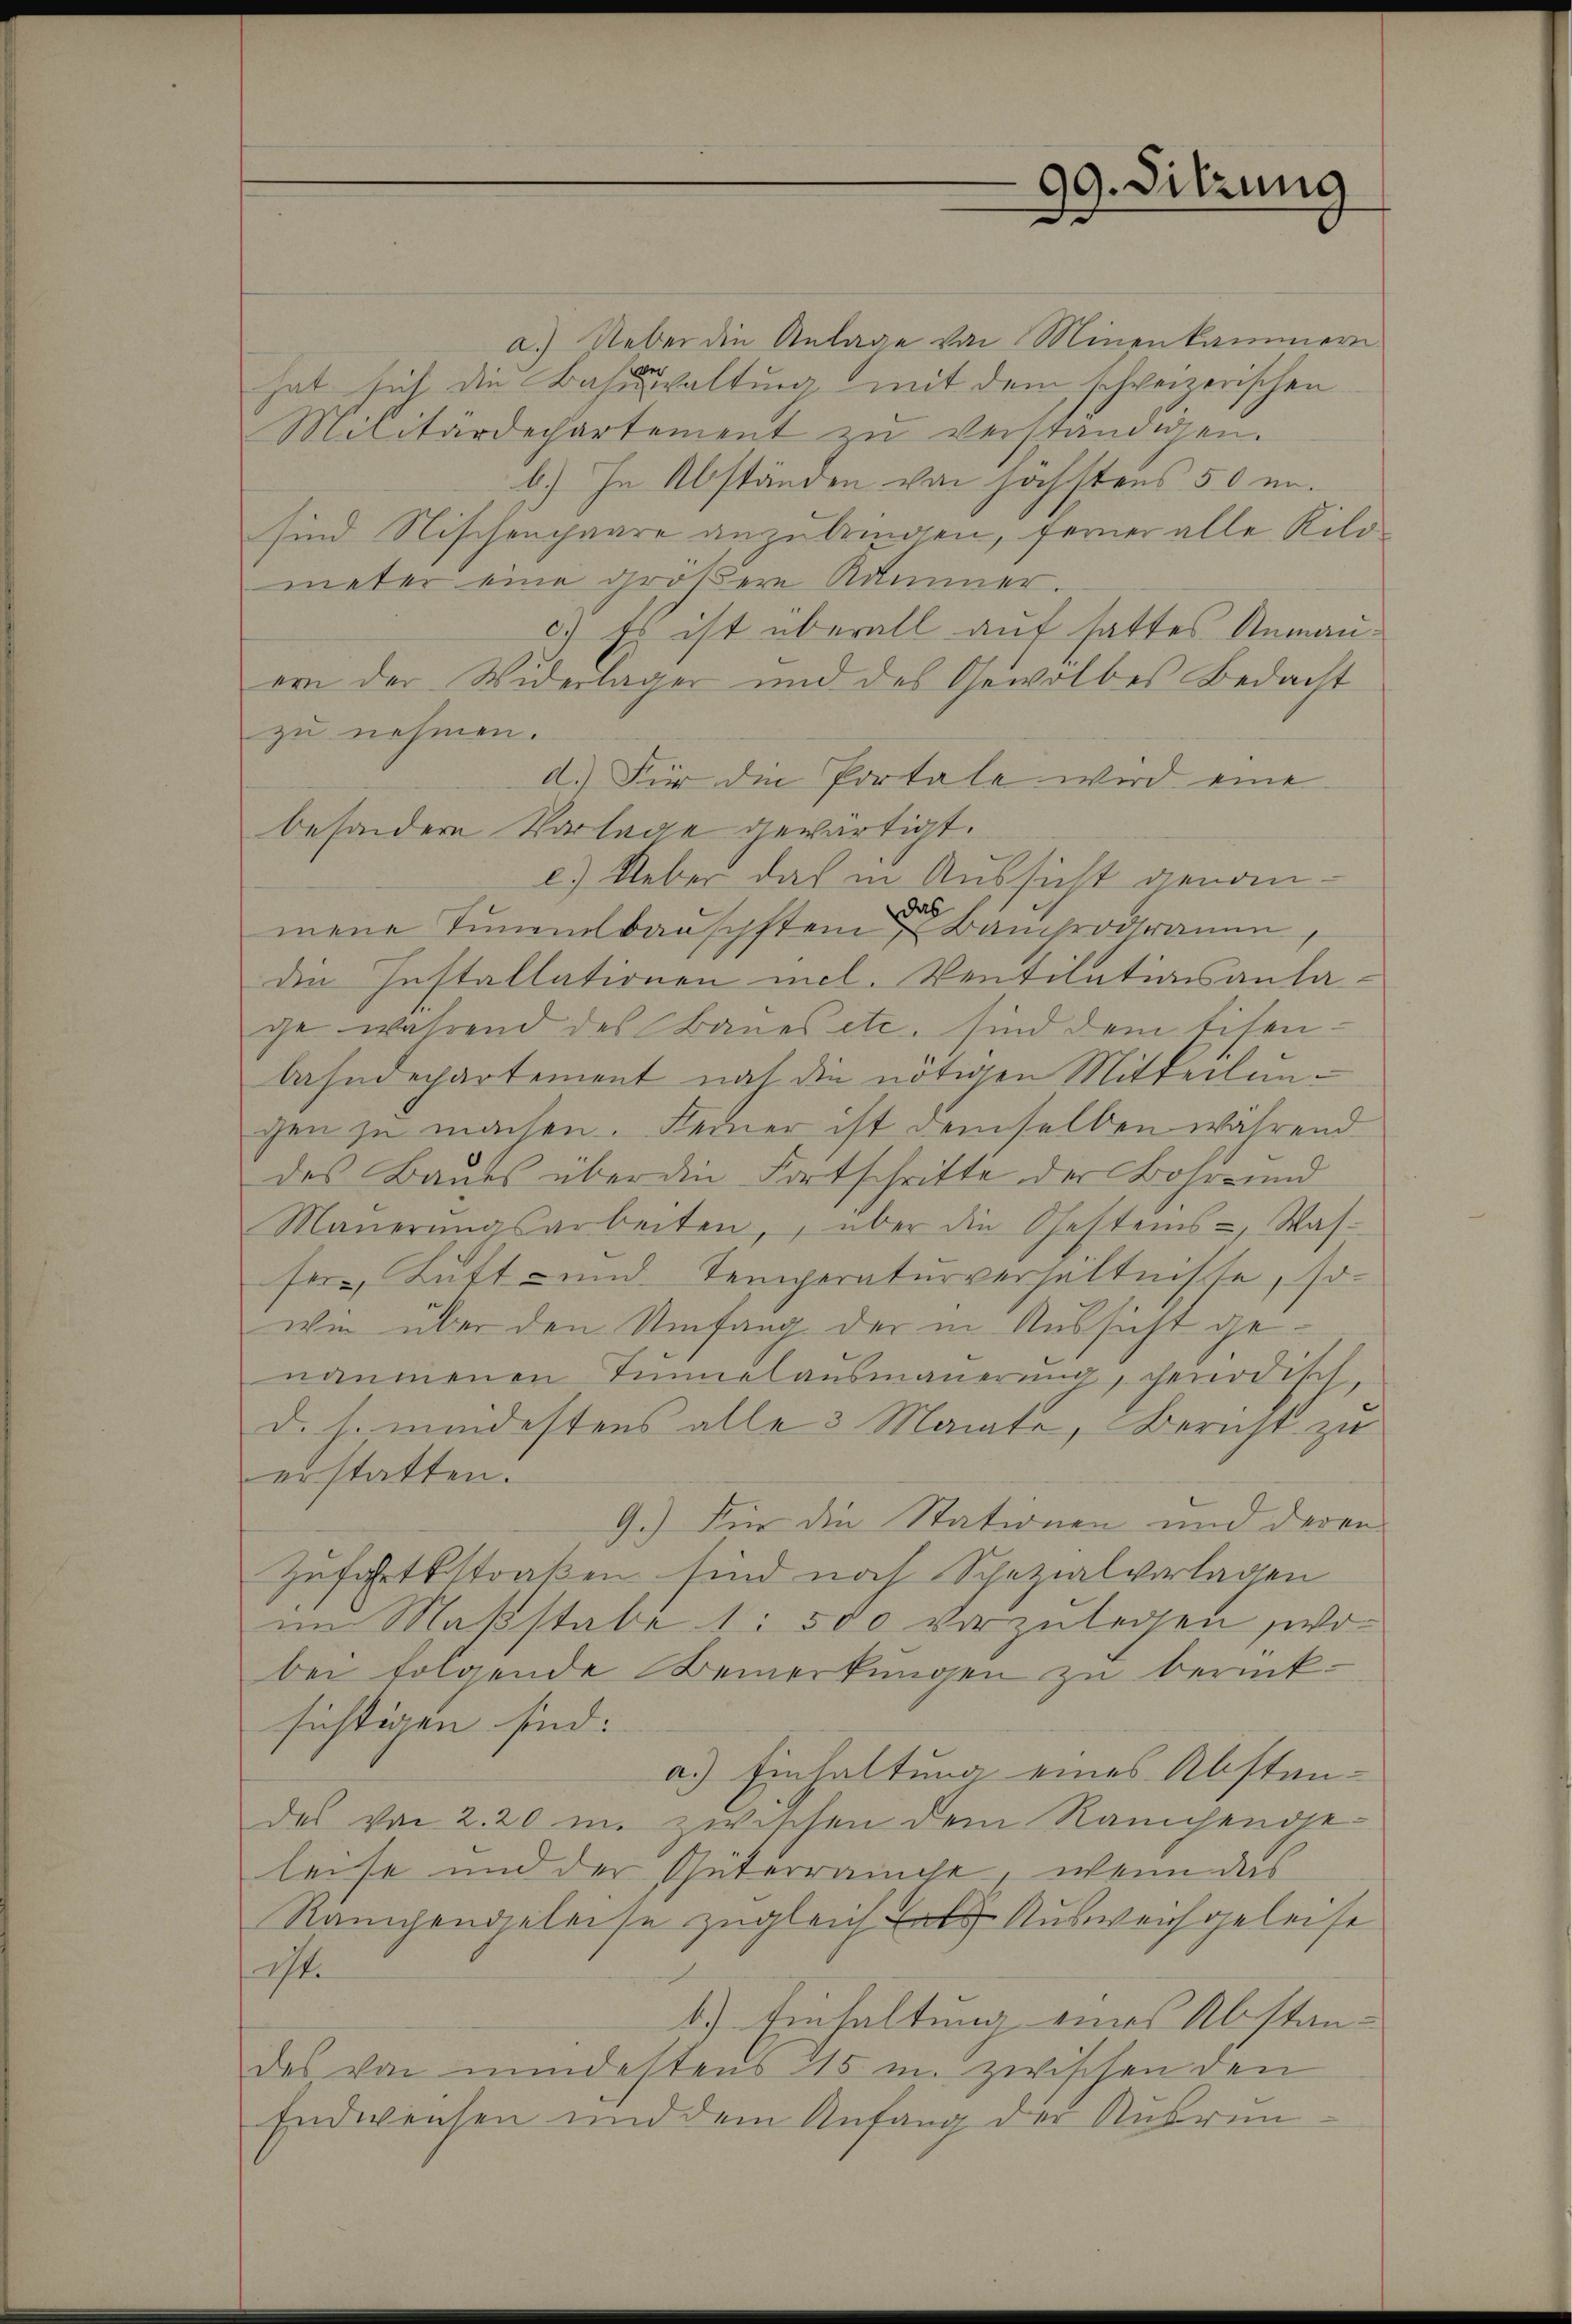
99. Sitzung

a.) Ueber die Anlage von Minenkammern
hat sich die Bahnwaltung mit dem schweizerischen
Militärdechartement zu verständigen.
b.) In Abständen von höchstens 50 u.
sind Nischenchaare anzubringen, ferner alle Kilo
meter eine größere Kummer.
c.) Es ist überall auf hattes Anmauern der Widerlager und des Gewölbes Bedacht
zu nehmen.
d.) Für die Portale wird eine
besondere Vorlage gewärtigt.
c.) Ueber das in Aussicht genommene Tunentbauschften Bauprogramm
die Installationen mel. Ventilationsanlage während des Baues etc. sind dem Eisenbahndepartement nach die nötigen Mitteilungen zu machen. Ferner ist demselben während
des Baues über die Fortschritte der Bahr- und
Maŭerŭngsarbeiten, über die Oestems-, Was-
sere Bett und Temperaturverhältnisse, so-
wie über den Umfang der in Aussicht genammenen Tunnelausmauerung, genodisch,
d. h. mindestens alle 3 Monate, Bericht zu
erstatten.
9.) Für die Stationen und deren
Zufahrtsstraßen sind noch Schazialverlagen
im Maßstabe 1: 500 vorzulegen, wobei folgende Bemerkungen zu berück-
sichtigen sind:
a.) Einhaltung eines Abstan-
des von 220 u. zwischen dem Rauchendeleise und der Güterrauche, wenn das
Rampengeleise zugleich als Ausweichgeleise
it.
b.) Einhaltung eines Abstandes von mindestens 115 u. zwischen den
Endweisen und dem Anfang der Rubrun